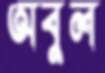
অবুল